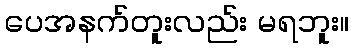
ပေအနက်တူးလည်း မရဘူး။